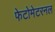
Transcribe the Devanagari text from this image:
फेटोमेटरनल